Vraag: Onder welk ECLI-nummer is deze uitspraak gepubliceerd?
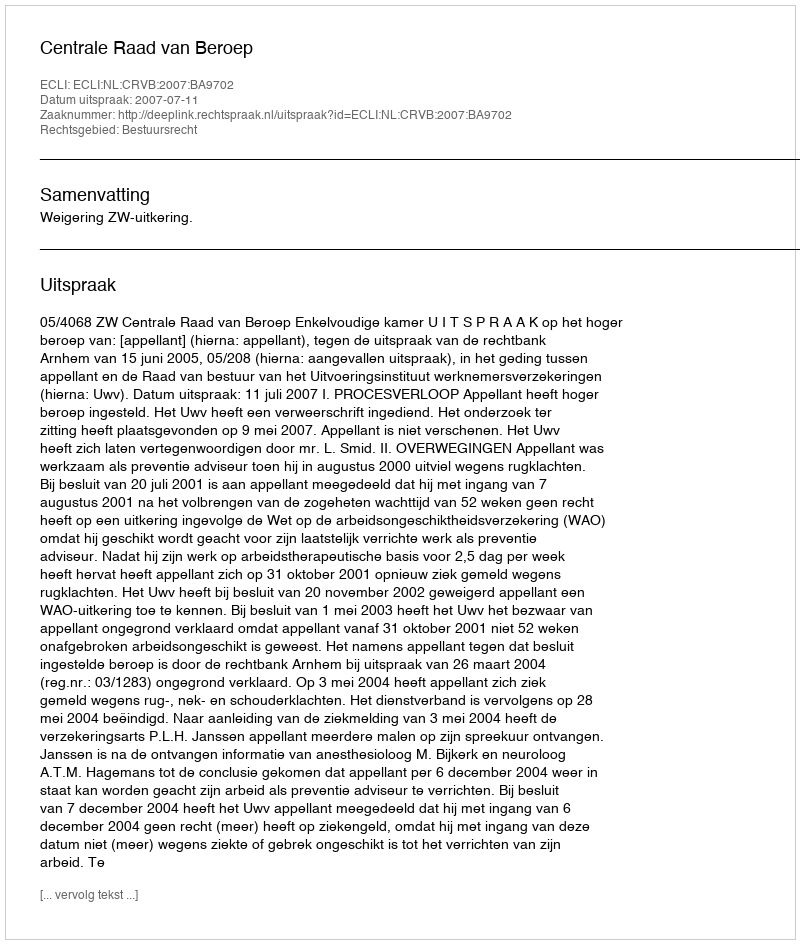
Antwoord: ECLI:NL:CRVB:2007:BA9702